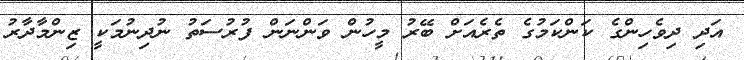
އަދި ދިވެހިންގެ ކަންކަމުގެ ތެރެއަށް ބޭރު މީހުން ވަންނަން ފުރުސަތު ނުދިނުމަކީ ޒިންމާދާރު